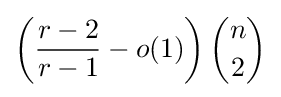
\left({\frac {r-2}{r-1}}-o(1)\right){n \choose 2}